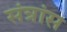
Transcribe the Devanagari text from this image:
संत्रांस